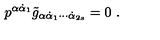
p ^ { \alpha \dot { \alpha } _ { 1 } } \tilde { g } _ { \alpha \dot { \alpha } _ { 1 } \cdots \dot { \alpha } _ { 2 s } } = 0 \ .